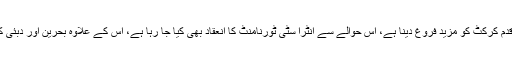
چیف آپریٹنگ آفیسر خاور عباس کا کہنا تھا کہ ہمارا اگلا قدم کرکٹ کو مزید فروغ دینا ہے، اس حوالے سے انٹرا سٹی ٹورنامنٹ کا انعقاد بھی کیا جا رہا ہے، اس کے علاوہ بحرین اور دبئی کی ٹیموں کے ساتھ میچز کھیلنے کا اعادہ بھی کیا گیا ہے۔